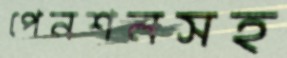
পেনশনসহ